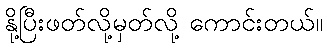
နို့ပြီးဖတ်လို့မှတ်လို့ ကောင်းတယ်။